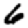
Digit: 6